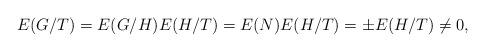
LaTeX: \begin{align*}E(G/T) = E(G/H)E(H/T) = E(N) E(H/T) = \pm E(H/T) \neq 0, \end{align*}